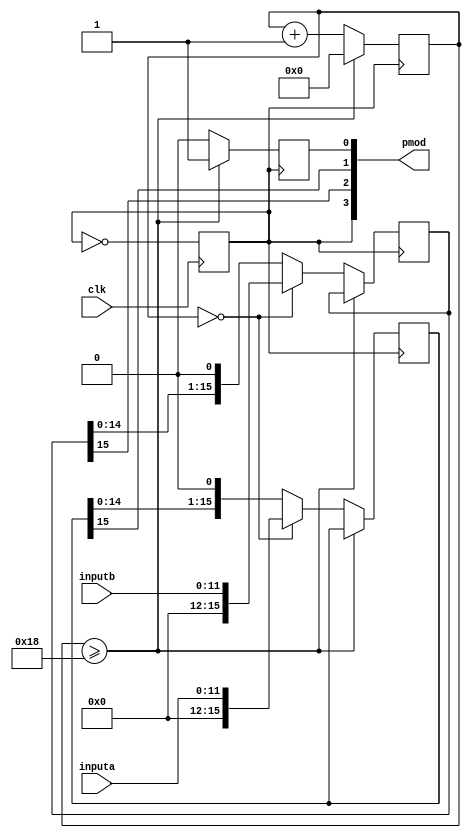

module dac(		input		[11:0]	inputa,
					input		[11:0]	inputb,
					output	[3:0]		pmod,
					input					clk
					);
		
		// 
		//    0   1   2   3   4   5   6   7   8   9  10  11  12  13  14  15  16  17  18  19  20  21  22  23  24   0   1   2   3
		// _|-|_|-|_|-|_|-|_|-|_|-|_|-|_|-|_|-|_|-|_|-|_|-|_|-|_|-|_|-|_|-|_|-|_|-|_|-|_|-|_|-|_|-|_|-|_|-|_|-|_|-|_|-|_|-|_|-
		//  ________________d11 d10 d9  d8  d7  d6  d5  d4  d3  d2  d1  d0  ____________________________________
		
		parameter wait_clocks=	8'd25;	// total clocks per send (rest dead) 
		
		reg 				sync,sclk;
		reg 	[7:0]		counter;
		reg	[15:0]	sr_a, sr_b;
		
		
		assign pmod[3:0]={sclk, sr_b[15], sr_a[15], sync};
		
		always@(posedge clk)
				sclk <=!sclk;
				
		always@(posedge sclk)
		begin
			if(counter >= (wait_clocks-1) )
			begin
				counter 		<= 8'b0;  // start at 1, makes math easier.
				sync        <= 1'b1;
			end
			else if(counter==0)
			begin
				counter 		<= counter+8'b1;
				sr_a[15:0] 	<= {4'b0,inputa};
				sr_b[15:0] 	<= {4'b0,inputb};
				sync 			<= 1'b0;
			end
			else
			begin
				counter 		<= counter+8'b1;
				sr_a[15:0]	<= {sr_a[14:0],1'b0};
				sr_b[15:0]	<= {sr_b[14:0],1'b0};
				sync		 	<= 1'b0;
			end
		end
endmodule